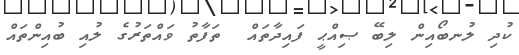
ކުދި ލުނބޯއިން ލިބޭ ޞިއްޙީ ފައިދާތައް  ތަފާތު ވައްތަރުގެ ލުއި ބުއިންތައް